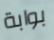
بوابة